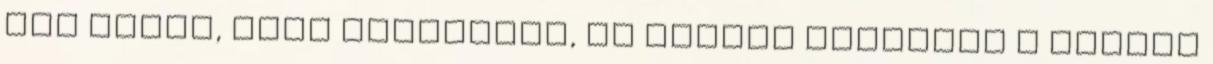
Nem tudom, hogy csináltad, de nagyon megnyerő a blogod